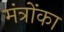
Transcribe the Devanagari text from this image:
मंत्रोंका